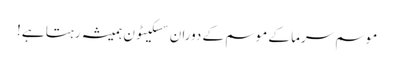
موسم سرما کے موسم کے دوران سسکیٹون ہمیشہ رہتا ہے!